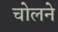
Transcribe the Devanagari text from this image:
चोलने